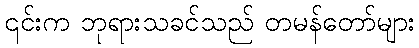
၎င်းက ဘုရားသခင်သည် တမန်တော်များ